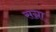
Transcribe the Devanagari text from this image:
सग्ना